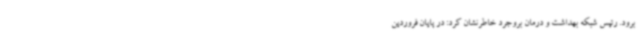
برود. رئیس شبکه بهداشت و درمان بروجرد خاطرنشان کرد: در پایان فروردین